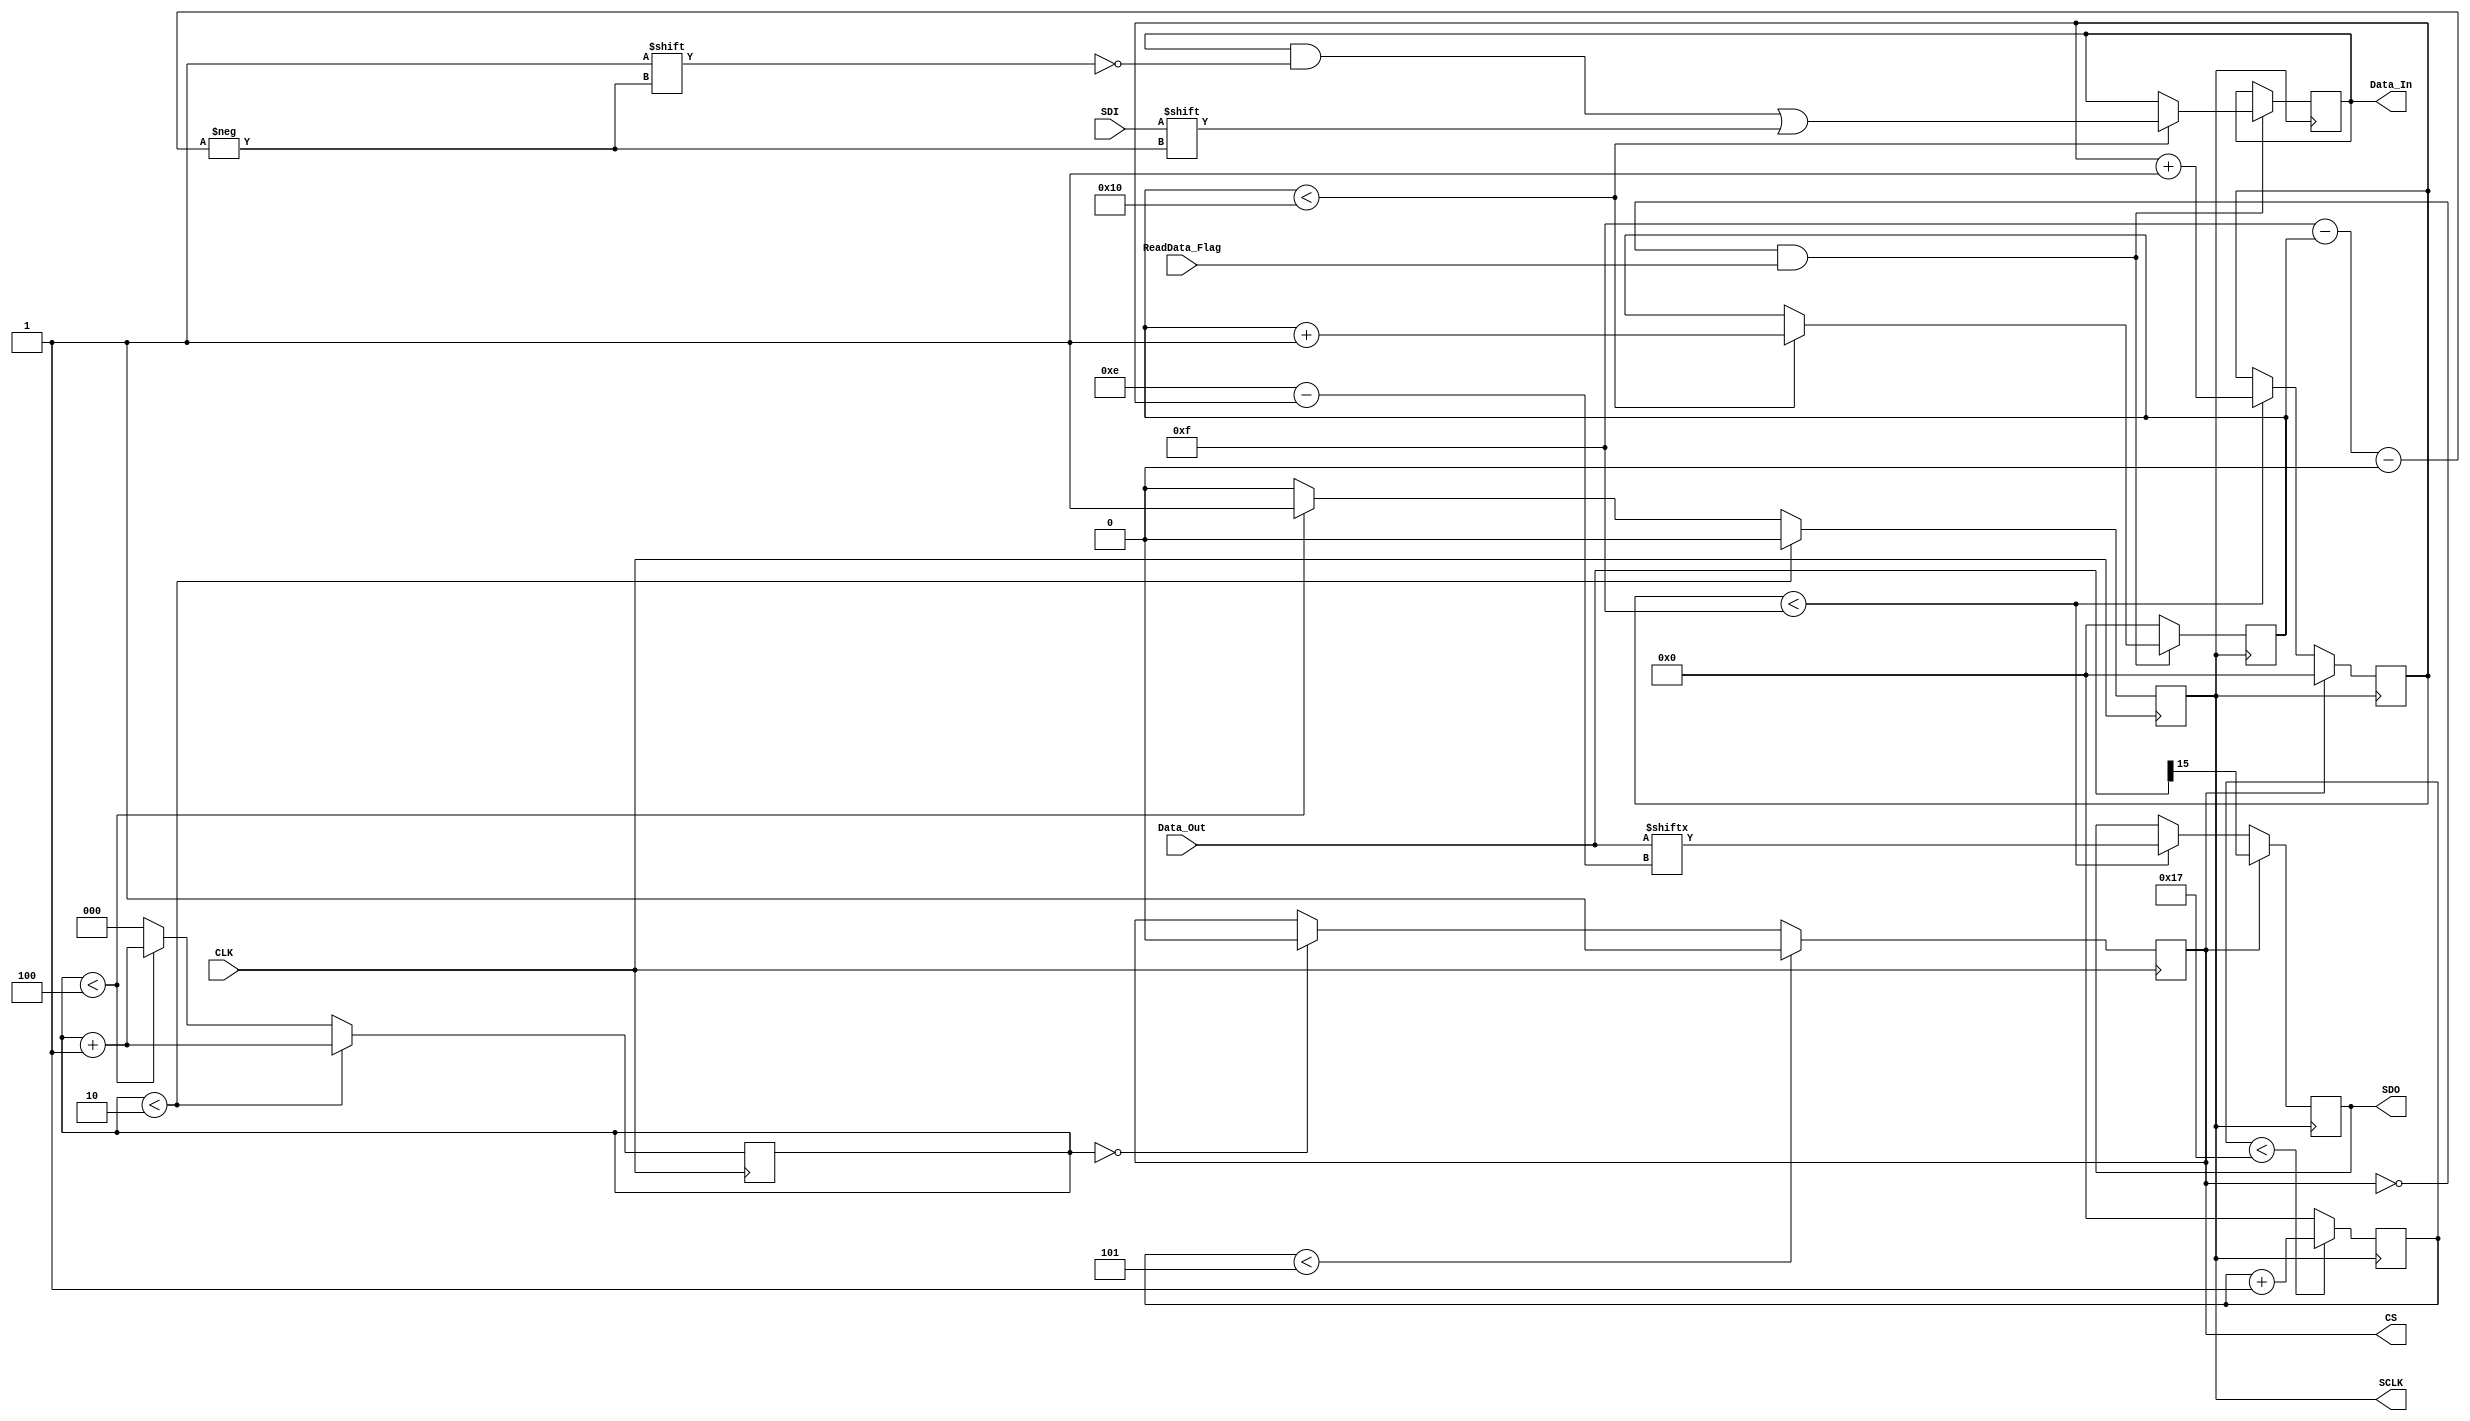
module AD_SPI_Trans(CLK,SCLK,CS,SDO,SDI,Data_In,Data_Out,ReadData_Flag);
input CLK;
input SDI;
input ReadData_Flag;
input [15:0]Data_Out;
output SCLK;
output CS;
output SDO;
output reg [15:0]Data_In;

reg SCLK;
reg CS;
reg SDO;

reg [2:0]SCLK_Cnt;
reg [4:0]CS_Cnt;
reg [4:0]SDI_Bit;
reg [4:0]SDO_Bit;

initial
begin
	SCLK <= 1'b0;
	CS <= 1'b1;
	SDO <= 1'b0;
	SCLK_Cnt <= 3'd4;
	CS_Cnt <= 5'b0;
	Data_In <= 16'b0;
end

always@(posedge CLK)
begin
	if(SCLK_Cnt < 3'd2)
	begin
		SCLK_Cnt <= SCLK_Cnt + 1'b1;
		SCLK <= 1'b0;
	end
	else
	begin
		if(SCLK_Cnt < 3'd4)
		begin
			SCLK_Cnt <= SCLK_Cnt + 1'b1;
			SCLK <= 1'b1;
		end
		else
		begin
			SCLK_Cnt <= 4'b0;
			SCLK <= 1'b0;
		end
	end
end

always@(posedge SCLK)
begin
	if(CS_Cnt < 5'd23)
		CS_Cnt <= CS_Cnt + 1'b1;
	else	
		CS_Cnt <= 5'b0;
end

always@(posedge CLK)
begin
	if(CS_Cnt < 5'd5)
		CS = 1'b1;
	else
	begin
		if(SCLK_Cnt == 4'd0)
			CS = 1'b0;
	end
end

always@(negedge SCLK)
begin
	if(!CS)
	begin
		if(SDO_Bit < 5'd15)
		begin
			SDO = Data_Out[5'd14-SDO_Bit];
			SDO_Bit = SDO_Bit + 1'b1;
		end
		else
			SDO_Bit = SDO_Bit;
	end
	else
	begin
		SDO = Data_Out[15];
		SDO_Bit = 5'b0;
	end
end

always@(negedge SCLK)
begin
	if(!CS && ReadData_Flag)
	begin
		if(SDI_Bit < 5'd16)
		begin
			Data_In[5'd15-SDI_Bit] = SDI;
			SDI_Bit = SDI_Bit + 1'b1;
		end
		else
			SDI_Bit = SDI_Bit;
	end
	else
		SDI_Bit = 5'b0;
end

endmodule